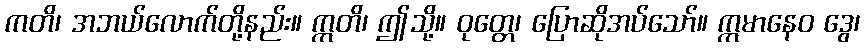
ကတိ၊ အဘယ်လောက်တို့နည်း။ ဣတိ၊ ဤသို့။ ဝုတ္တေ၊ ပြောဆိုအပ်သော်။ ဣမာနေဝ ဒွေ၊